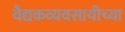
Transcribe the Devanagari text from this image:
वैद्यकव्यवसायीच्या